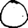
Digit: 0